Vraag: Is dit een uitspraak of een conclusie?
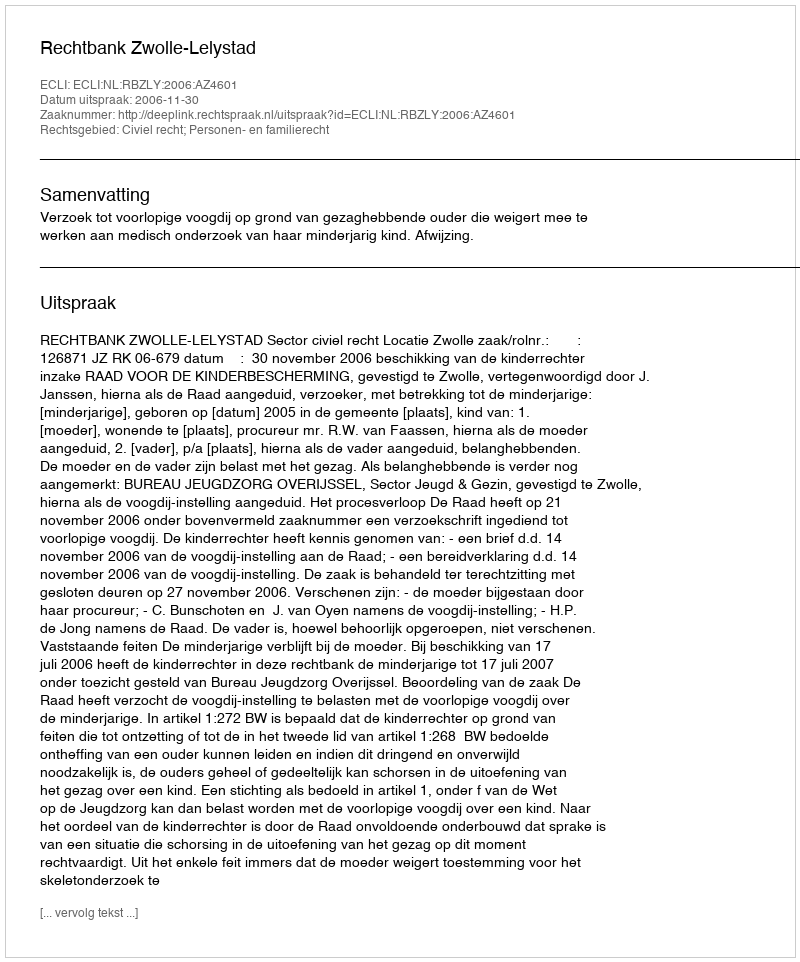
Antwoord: Uitspraak